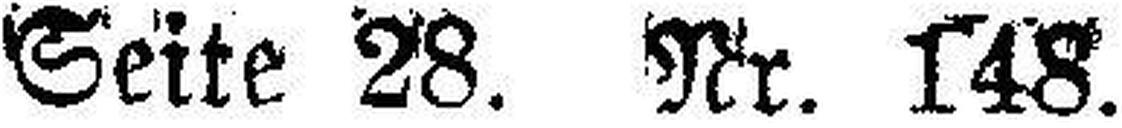
Seite 28. Nr. 148.